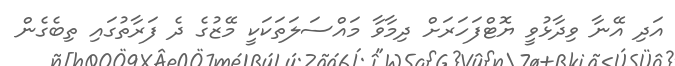
އަދި އޭނާ ވިދާޅުވީ ޔޮޓްފަހަރަށް ދިމާވާ މައްސަލަތަކަކީ މޭޒުގެ ދެ ފަރާތުގައި ތިބެގެން